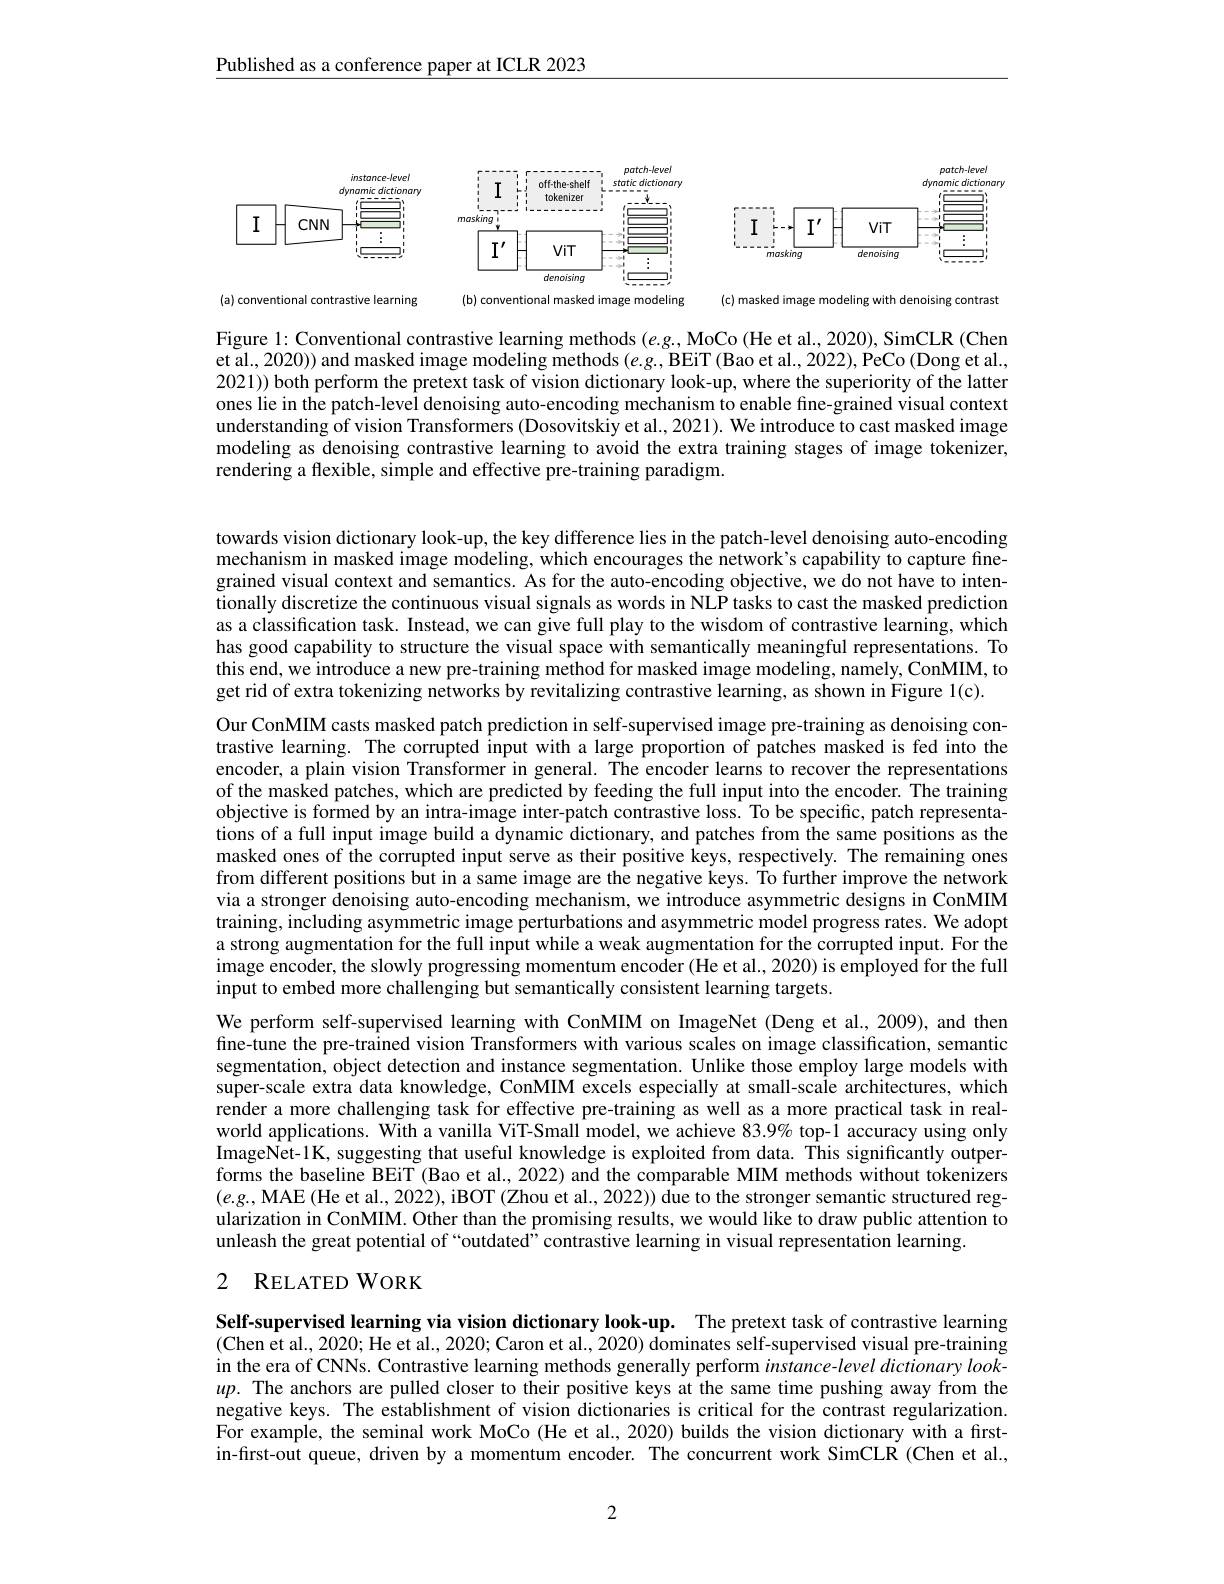
Published as a conference paper at ICLR 2023

<FigureHere>

<FigureHere>

<FigureHere>

Figure 1: Conventional contrastive learning methods (e.g, MoCo (He et al., 2020), SimCLR (Chen et al., 2020)) and masked image modeling methods $(e.g.$,BEiT (Bao et al., 2022), PeCo (Dong et al., 2021)) both perform the pretext task of vision dictionary look-up, where the superiority of the latter ones lie in the patch-level denoising auto-encoding mechanism to enable fine-grained visual context understanding of vision Transformers (Dosovitskiy et al., 2021). We introduce to cast masked image modeling as denoising contrastive learning to avoid the extra training stages of image tokenizer, rendering a flexible, simple and effective pre-training paradigm.

towards vision dictionary look-up, the key difference lies in the patch-level denoising auto-encoding mechanism in masked image modeling, which encourages the network's capability to capture finegrained visual context and semantics. As for the auto-encoding objective, we do not have to intentionally discretize the continuous visual signals as words in NLP tasks to cast the masked prediction as a classification task. Instead, we can give full play to the wisdom of contrastive learning, which has good capability to structure the visual space with semantically meaningful representations. To this end, we introduce a new pre-training method for masked image modeling, namely, ConMIM, to get rid of extra tokenizing networks by revitalizing contrastive learning, as shown in Figure 1(c).

Our ConMIM casts masked patch prediction in self-supervised image pre-training as denoising contrastive learning. The corrupted input with a large proportion of patches masked is fed into the encoder, a plain vision Transformer in general. The encoder learns to recover the representations of the masked patches, which are predicted by feeding the full input into the encoder. The training objective is formed by an intra-image inter-patch contrastive loss. To be specific, patch representations of a full input image build a dynamic dictionary, and patches from the same positions as the masked ones of the corrupted input serve as their positive keys, respectively. The remaining ones from different positions but in a same image are the negative keys. To further improve the network via a stronger denoising auto-encoding mechanism, we introduce asymmetric designs in ConMIM training, including asymmetric image perturbations and asymmetric model progress rates. We adopt a strong augmentation for the full input while a weak augmentation for the corrupted input. For the image encoder, the slowly progressing momentum encoder (He et al., 2020) is employed for the full input to embed more challenging but semantically consistent learning targets.
We perform self-supervised learning with ConMIM on ImageNet (Deng et al.,2009), and then fine-tune the pre-trained vision Transformers with various scales on image classification, semantic segmentation, object detection and instance segmentation. Unlike those employ large models with super-scale extra data knowledge, ConMIM excels especially at small-scale architectures, which render a more challenging task for effective pre-training as well as a more practical task in realworld applications. With a vanilla ViT-Small model, we achieve $83.9\%$ top-1 accuracy using only ImageNet-1K, suggesting that useful knowledge is exploited from data. This significantly outperforms the baseline BEiT (Bao et al., 2022) and the comparable MIM methods without tokenizers $(e.g.$,MAE (He et al., 2022), iBOT (Zhou et al., 2022)) due to the stronger semantic structured regularization in ConMIM. Other than the promising results, we would like to draw public attention to unleash the great potential of“outdated”contrastive learning in visual representation learning.

## 2 RELATEDWORK

Self-supervised learning via vision dictionary look-up. The pretext task of contrastive learning $(\bar{\text{Chen et al., 2020; He et al., 2020; Caron et al., 2020) dominates self-supervised visual pre-training}}$ in the era of CNNs. Contrastive learning methods generally perform instance-level dictionary look- $up.$ The anchors are pulled closer to their positive keys at the same time pushing away from the $\dot{\text{negative keys. The establishment of vision dictionaries is critical for the contrast regularization}}$ For example, the seminal work MoCo (He et al., 2020) builds the vision dictionary with a firstin-first-out queue, driven by a momentum encoder. The concurrent work SimCLR (Chen et al.,

2